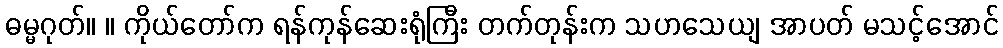
ဓမ္မဂုတ်။ ။ ကိုယ်တော်က ရန်ကုန်ဆေးရုံကြီး တက်တုန်းက သဟသေယျ အာပတ် မသင့်အောင်